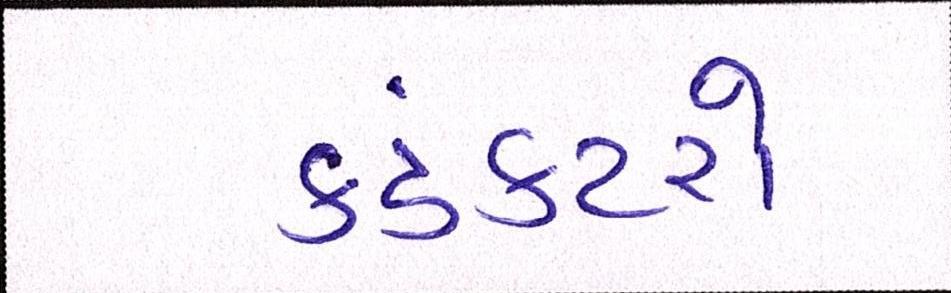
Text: કંડકટરો